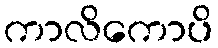
ကာလိကောပိ